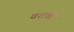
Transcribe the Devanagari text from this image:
वशती